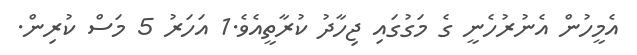
އެމީހުން އެނުރުހެނީ ގެ މަގުގައި ޖިހާދު ކުރާތީއެވެ.1 އަހަރު 5 މަސް ކުރިން.